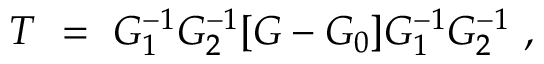
T \ = \ G _ { 1 } ^ { - 1 } G _ { 2 } ^ { - 1 } [ G - G _ { 0 } ] G _ { 1 } ^ { - 1 } G _ { 2 } ^ { - 1 } \ ,